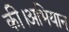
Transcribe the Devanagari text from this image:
की।अभियान